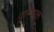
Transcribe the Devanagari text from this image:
वृष्चिक